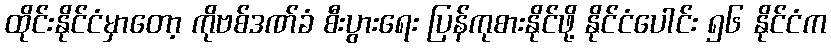
ထိုင်းနိုင်ငံမှာတော့ ကိုဗစ်ဒဏ်ခံ စီးပွားရေး ပြန်ကုစားနိုင်ဖို့ နိုင်ငံပေါင်း ၅၆ နိုင်ငံက